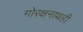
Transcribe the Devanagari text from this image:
गोरक्षनाथही